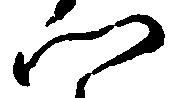
門